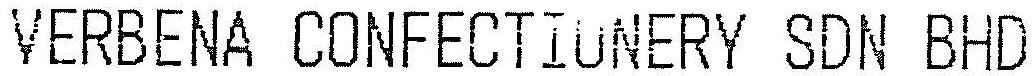
VERBENA CONFECTIONERY SDN BHD